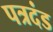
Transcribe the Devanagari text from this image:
पत्रदंड